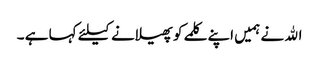
الله نے ہمیں اپنے کلمے کو پھیلانے کیلئے کہا ہے ۔